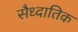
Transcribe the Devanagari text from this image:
सैध्दातिक